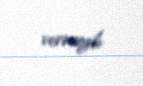
verməyib.